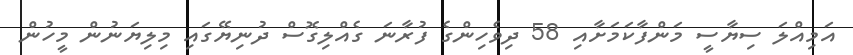
އަމިއްލަ ސިޔާސީ މަންފާކަމަށާއި 58 ދިވެހިންގެ ފުރާނަ ގެއްލިގޮސް ދުނިޔޭގައި މިލިޔަނުން މީހުން